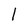
Character: l